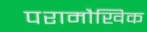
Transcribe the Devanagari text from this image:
परामौखिक